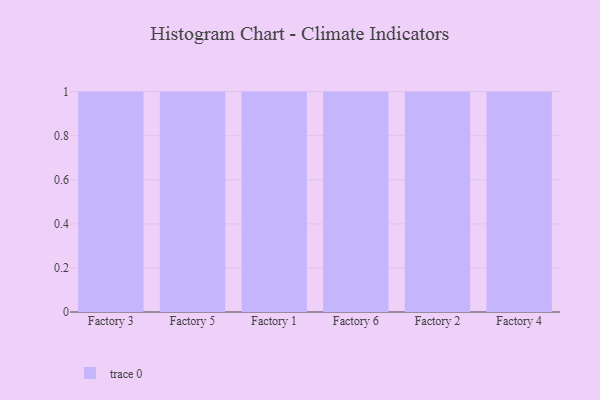
{"axis": {"x": "Factory", "y": "Page Views"}, "legend": [""], "data": [{"x": "Factory 3", "y": 82, "type": ""}, {"x": "Factory 5", "y": 61, "type": ""}, {"x": "Factory 1", "y": 27, "type": ""}, {"x": "Factory 6", "y": 19, "type": ""}, {"x": "Factory 2", "y": 56, "type": ""}, {"x": "Factory 4", "y": 46, "type": ""}]}